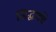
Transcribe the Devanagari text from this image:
सिद्धार्थचे